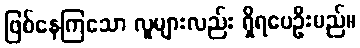
ဖြစ်နေကြသော လူများလည်း ရှိရပေဦးမည်။